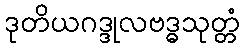
ဒုတိယဂဒ္ဒုလဗဒ္ဓသုတ္တံ